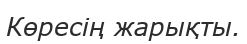
Көресің жарықты.